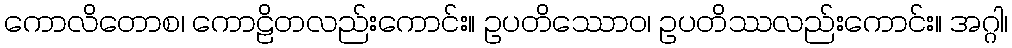
ကောလိတောစ၊ ကောဠိတလည်းကောင်း။ ဥပတိဿောဝ၊ ဥပတိဿလည်းကောင်း။ အဂ္ဂါ၊